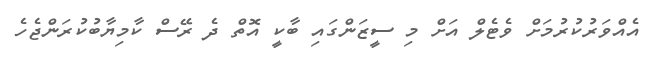
އެއްވަރުކުރުމަށް ވެޓެލް އަށް މި ސީޒަންގައި ބާކީ އޮތް ދެ ރޭސް ކާމިޔާބުކުރަންޖެހެ